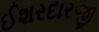
ઈશરદારજી